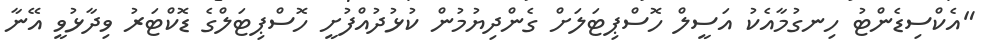
"އެކްސިޑެންޓު ހިނގުމާއެކު އަސީލް ހޮސްޕިޓަލަށް ގެންދިޔުމުން ކުޅުދުއްފުށީ ހޮސްޕިޓަލްގެ ޑޮކްޓަރު ވިދާޅުވީ އޭނާ